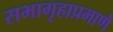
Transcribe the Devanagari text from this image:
सभागृहाप्रमाणे